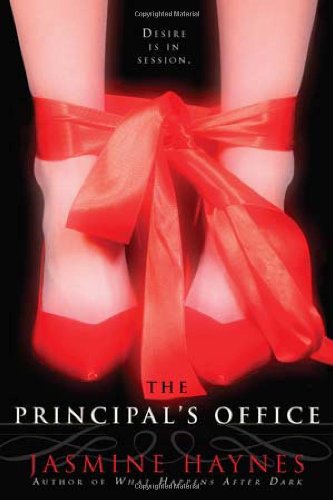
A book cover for The Principal's Office; Jasmine Haynes; Literature & Fiction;